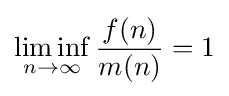
\liminf _{n\to \infty }{\frac {f(n)}{m(n)}}=1